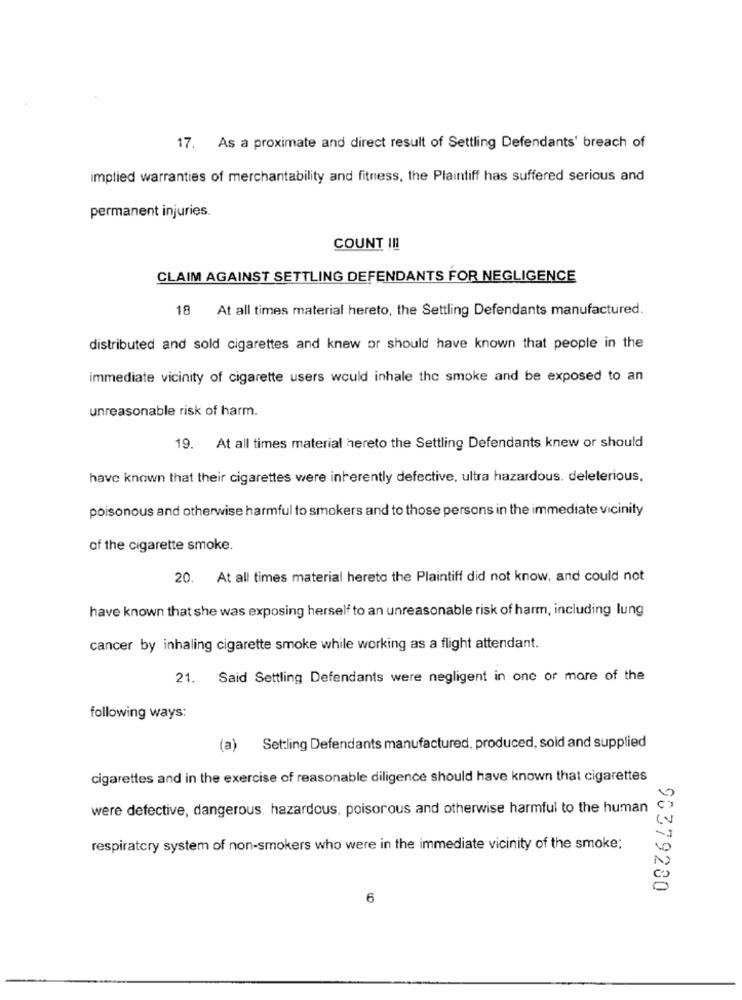
17. As a proximate and direct result of Settling Defendants' breach of
implied warranties of merchantability and fitness, the Plaintiff has suffered serious and
permanent injuries.
COUNT III
CLAIM AGAINST SETTLING DEFENDANTS FOR NEGLIGENCE
18 At all times material hereto, the Settling Defendants manufactured.
distributed and sold cigarettes and knew or should have known that people in the
immediate vicinity of cigarette users would inhale the smoke and be exposed to an
unreasonable risk of harm.
19. At all times material hereto the Settling Defendants knew or should
have known that their cigarettes were inherently defective, ultra hazardous. deleterious,
poisonous and otherwise harmful to smokers and to those persons in the immediate vicinity
of the cigarette smoke.
20. At all times material hereto the Plaintiff did not know, and could not
have known that she was exposing herself to an unreasonable risk of harm, including lung
cancer by inhaling cigarette smoke while working as a flight attendant.
21. Said Settling Defendants were negligent in one or more of the
following ways:
(a) Set:ling Defendants manufactured, produced, sold and supplied
cigarettes and in the exercise of reasonable diligence should have known that cigarettes
were defective, dangerous. hazardous, poisorous and otherwise harmful to the human
respiratory system of non-smokers who were in the immediate vicinity of the smoke;
96379280
6